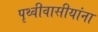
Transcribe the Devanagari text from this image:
पृथ्वीवासीयांना